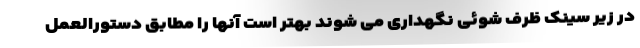
در زیر سینک ظرف شوئی نگهداری می شوند بهتر است آنها را مطابق دستورالعمل